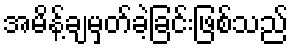
အမိန့်ချမှတ်ခဲ့ခြင်းဖြစ်သည်